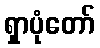
ရှာပုံတော်